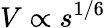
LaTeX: V\propto s^{1/6}